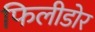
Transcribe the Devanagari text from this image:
फिलीडोर